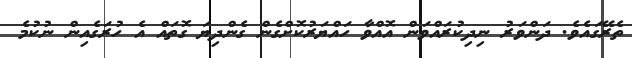
ތެރޭގައެވެ. ދަންވަރު ނިދިކުރައްވަން އޮއްވާ ހައްޔަރުކޮށްގެން ގެންދިޔަ ގޮތައް އެ ހުރަގެއިން ނުކުމެ